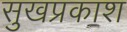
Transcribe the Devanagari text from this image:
सुखप्रकाश